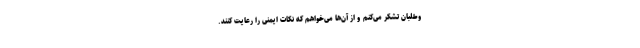
وطلبان تشکر می‌کنم و از آن‌ها می‌خواهم که نکات ایمنی را رعایت کنند.